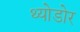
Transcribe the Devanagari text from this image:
थ्योडोर